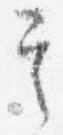
其